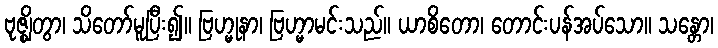
ဗုဇ္ဈိတွာ၊ သိတော်မူပြီး၍။ ဗြဟ္မုနာ၊ ဗြဟ္မာမင်းသည်။ ယာစိတော၊ တောင်းပန်အပ်သော။ သန္တော၊